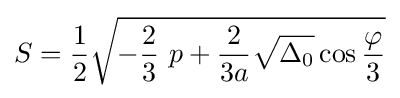
S={\frac {1}{2}}{\sqrt {-{\frac {2}{3}}\ p+{\frac {2}{3a}}{\sqrt {\Delta _{0}}}\cos {\frac {\varphi }{3}}}}